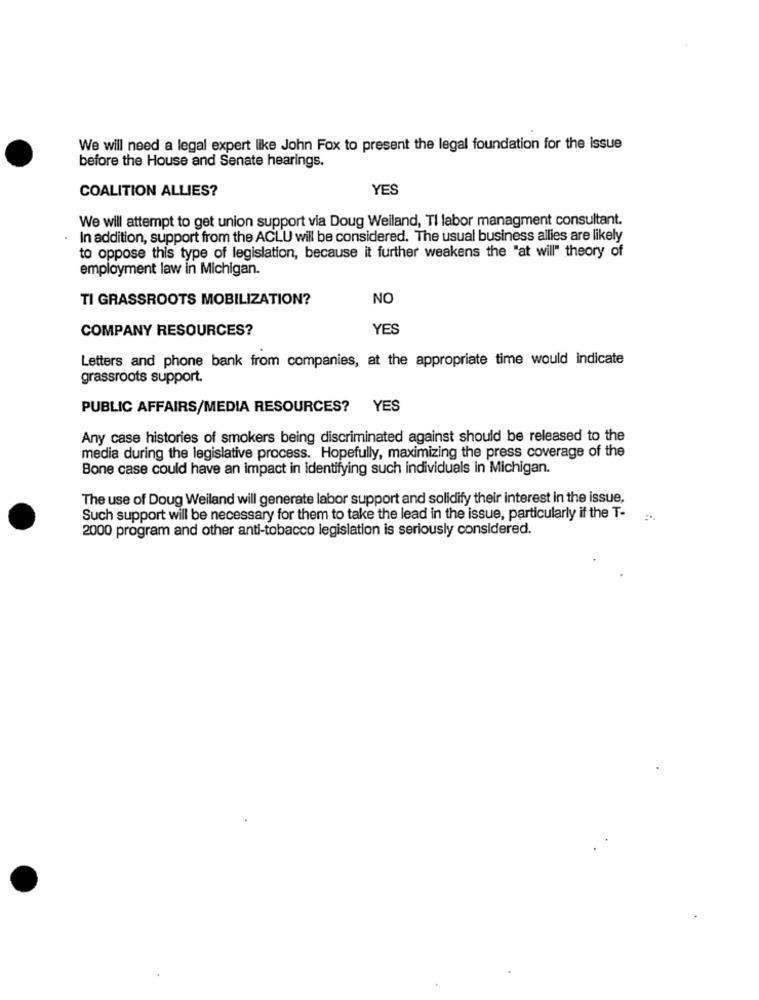
We will need a legal expert like John Fox to present the legal foundation for the issue
before the House and Senate hearings.
COALITION ALLIES?
YES
We will attempt to get union support via Doug Weiland, TI labor managment consultant.
In addition, support from the ACLU will be considered. The usual business allies are likely
to oppose this type of legislation, because it further weakens the "at will" theory of
employment law in Michigan.
TI GRASSROOTS MOBILIZATION?
NO
COMPANY RESOURCES?
YES
Letters and phone bank from companies, at the appropriate time would indicate
grassroots support.
PUBLIC AFFAIRS/MEDIA RESOURCES? YES
Any case histories of smokers being discriminated against should be released to the
media during the legislative process. Hopefully, maximizing the press coverage of the
Bone case could have an impact in identifying such individuals in Michigan.
The use of Doug Weiland will generate labor support and solidify their interest in the issue,
Such support will be necessary for them to take the lead in the issue, particularly if the T-
2000 program and other anti-tobacco legislation is seriously considered.